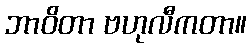
ဘာဝိတာ ဗဟုလီကတာ။